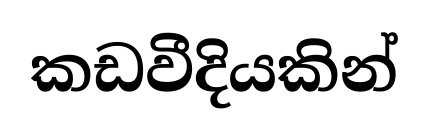
කඩවීදියකින්